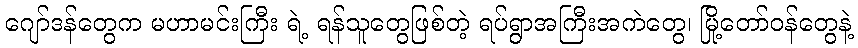
ဂျော်ဒန်တွေက မဟာမင်းကြီး ရဲ့ ရန်သူတွေဖြစ်တဲ့ ရပ်ရွာအကြီးအကဲတွေ၊ မြို့တော်ဝန်တွေနဲ့